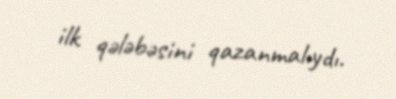
ilk qələbəsini qazanmalıydı.